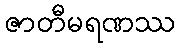
ဇာတီမရဏဿ